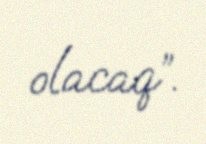
olacaq”.